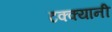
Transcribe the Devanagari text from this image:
टक्क्यानी